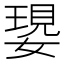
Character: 𡠝